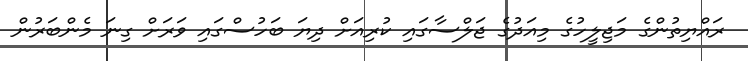
ރައްޔިތުންގެ މަޖިލީހުގެ މިއަދުގެ ޖަލްސާގައި ކުރިއަށް ދިޔަ ބަހުސްގައި ވަރަށް ގިނަ މެންބަރުން